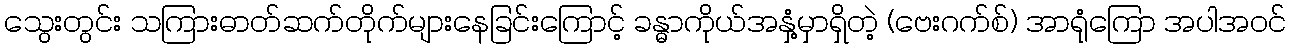
သွေးတွင်း သကြားဓာတ်ဆက်တိုက်များနေခြင်းကြောင့် ခန္ဓာကိုယ်အနှံ့မှာရှိတဲ့ (ဗေးဂက်စ်) အာရုံကြော အပါအဝင်